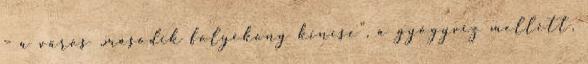
– a város „második folyékony kincse”, a gyógyvíz mellett,